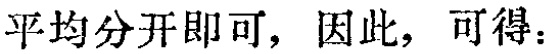
平均分开即可，因此，可得：